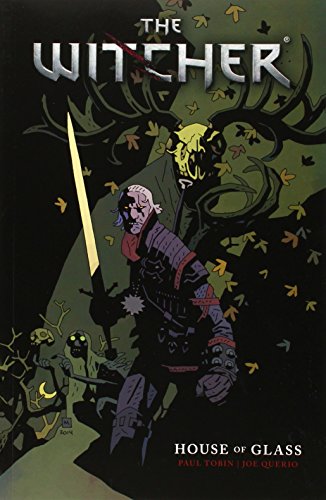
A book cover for The Witcher Volume 1; Paul Tobin; Comics & Graphic Novels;